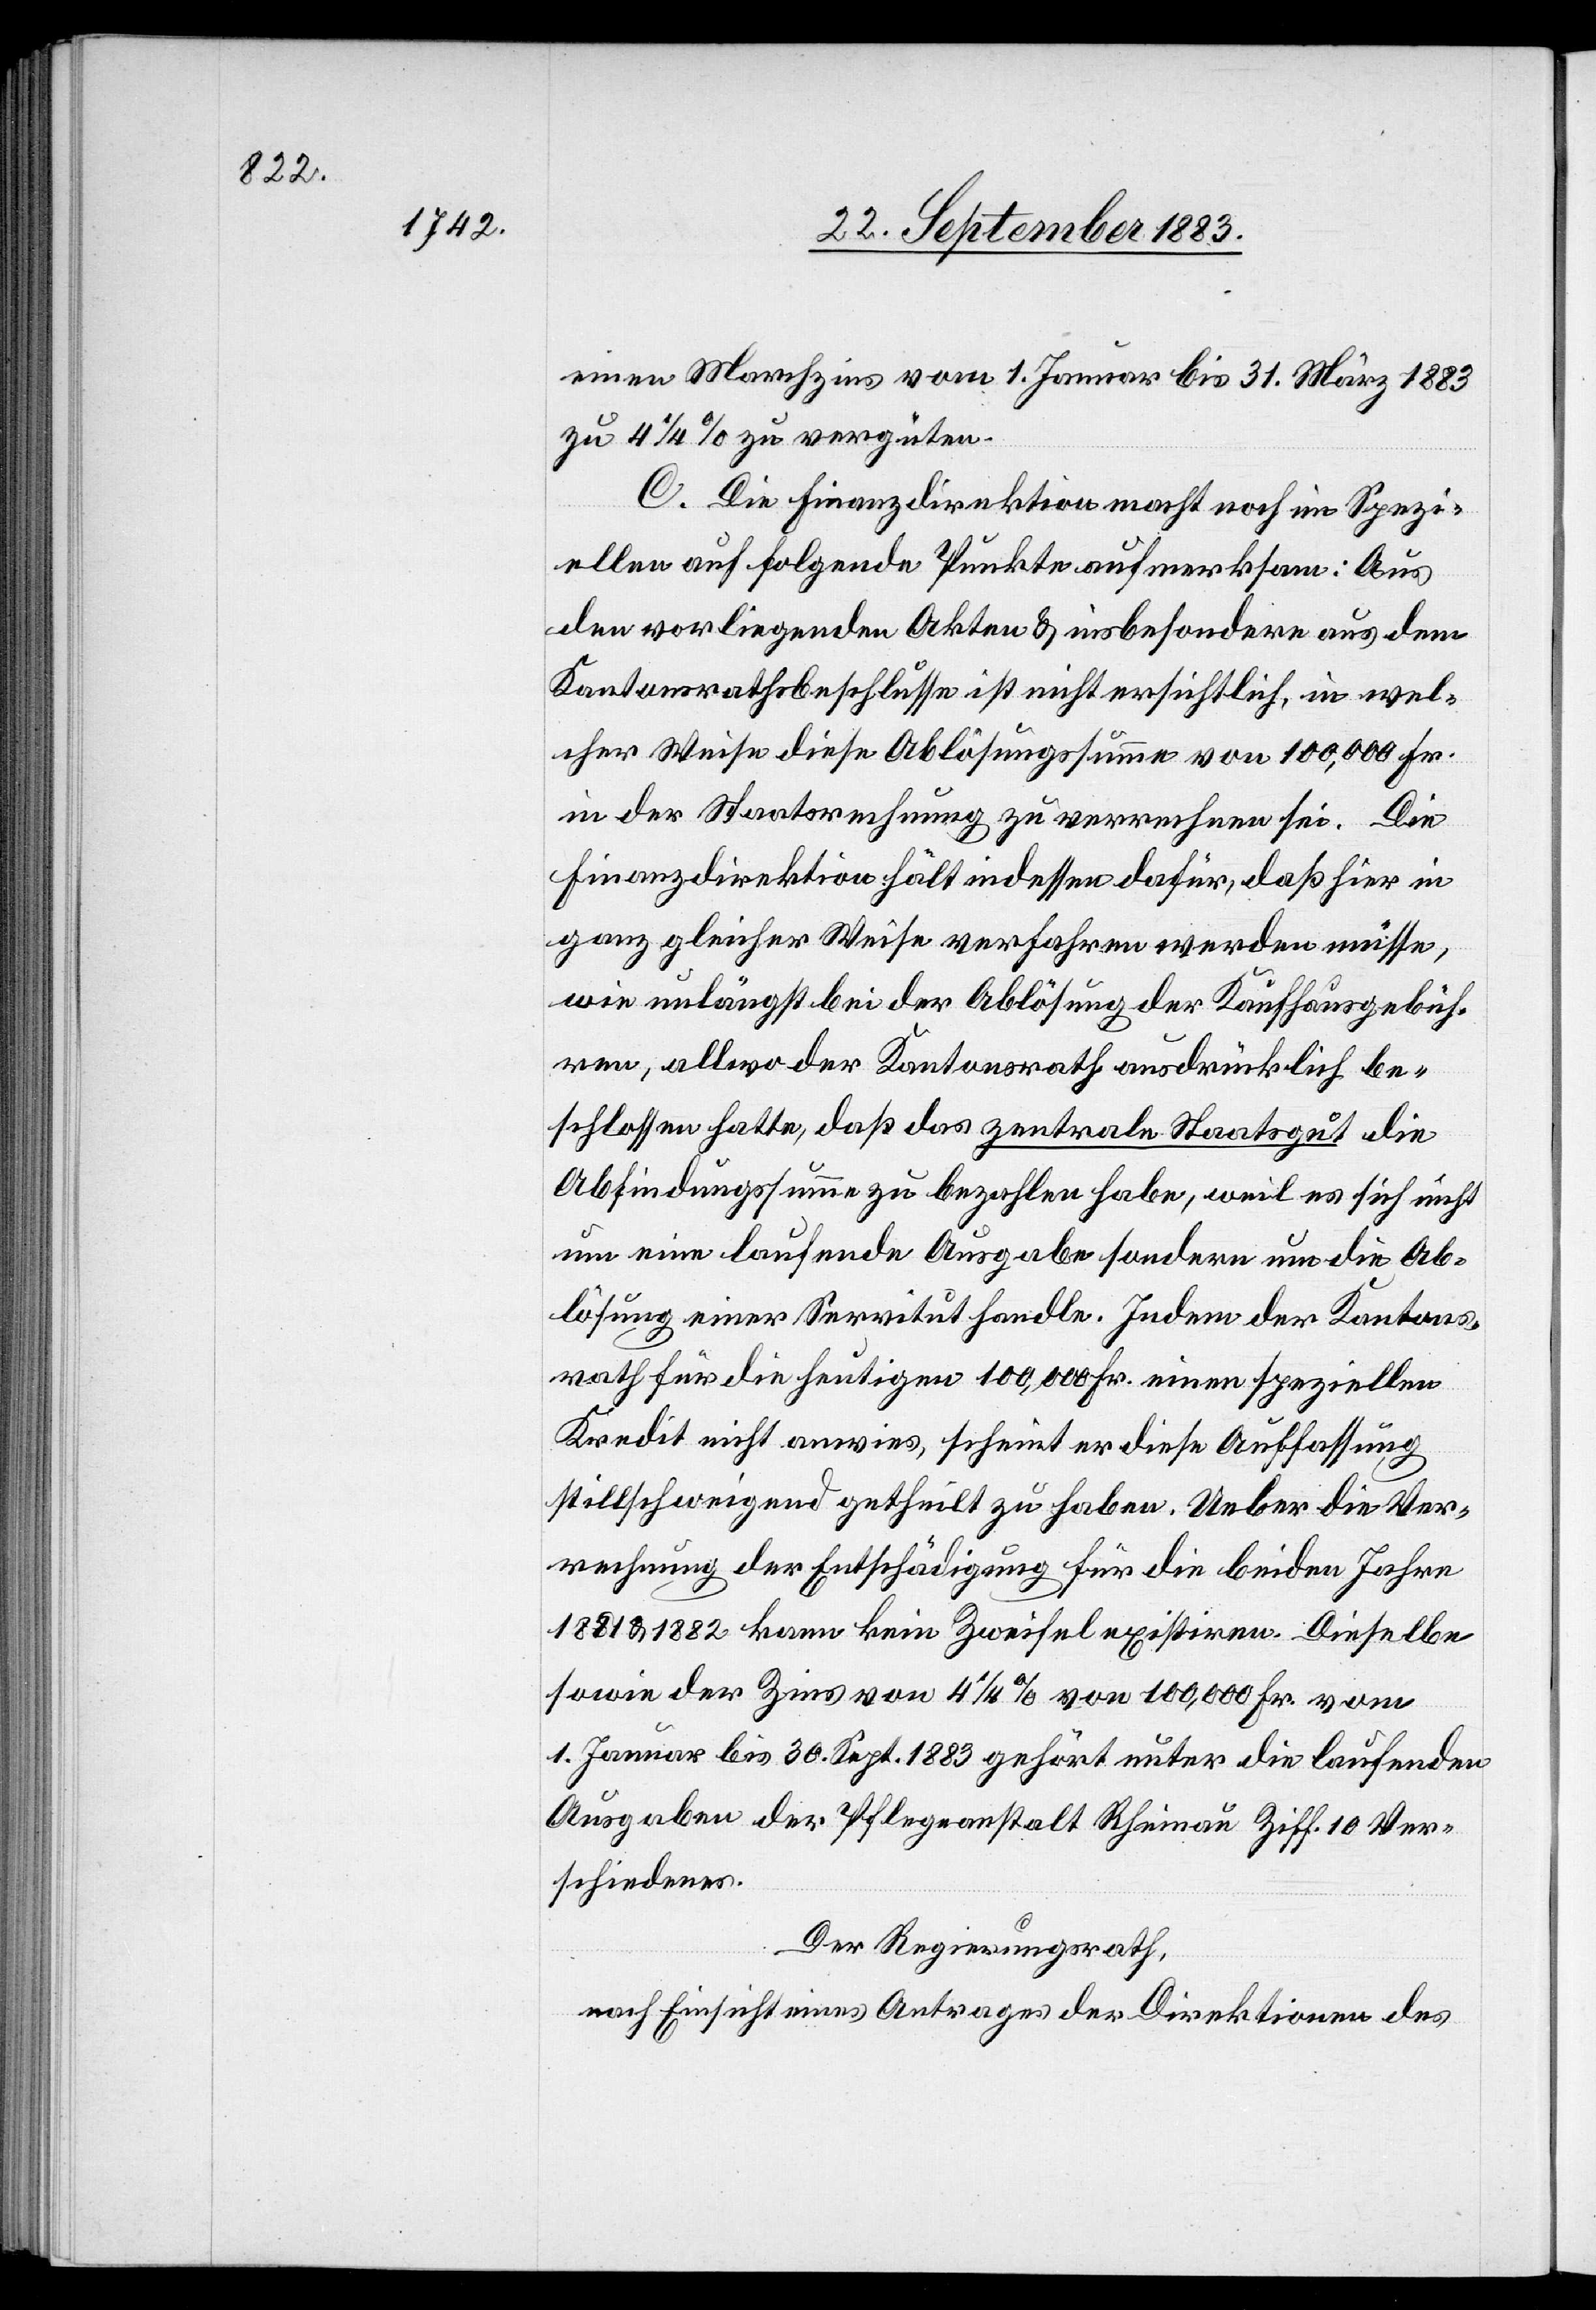
einen Marchzins vom 1. Januar bis 31. März 1883
zu 4 1/4% zu vergüten.
C. Die Finanzdirektion macht noch im Spezi¬
ellen auf folgende Punkte aufmerksam; Aus
den vorliegenden Akten & insbesondere aus dem
Kantonsrathsbeschlusse ist nicht ersichtlich, in wel¬
cher Weise diese Ablösungssumme von 100,000 Fr.
in der Staatsrechnung zu verrechnen sei. Die
Finanzdirektion hält indessen dafür, daß hier in
ganz gleicher Weise verfahren werden müsse,
wie unlängst bei der Ablösung der Kaufhausgebüh¬
ren, allwo der Kantonsrath ausdrücklich be¬
schlossen hatte, daß das zentrale Staatsgut die
Abfindungssumme zu bezahlen habe, weil es sich nicht
um eine laufende Ausgabe sondern um die Ab¬
lösung einer Servitut handle. Indem der Kantons¬
rath für die heutigen 100,000 Fr. einen speziellen
Kredit nicht anwies, scheint er diese Auffassung
stillschweigend getheilt zu haben. Ueber die Ver¬
rechnung der Entschädigung für die beiden Jahre
1881 &1882 kann kein Zweifel existiren. Dieselbe
sowie der Zins von 4 1/4% von 100,000 Fr. vom
1. Januar bis 30. Sept. 1883 gehört unter die laufenden
Ausgaben der Pflegeanstalt Rheinau Ziff. 10 Ver¬
schiedenes.
Der Regierungsrath,
nach Einsicht eines Antrages der Direktionen des